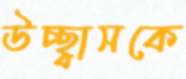
উচ্ছ্বাসকে